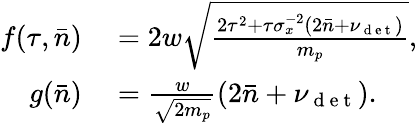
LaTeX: \begin{array}{rl}{f(\tau,\bar{n})}&{{}=2w\sqrt{\frac{2\tau^{2}+\tau\sigma_{x}^{-2}(2\bar{n}+\nu_{\mathrm{~d~e~t~}})}{m_{p}}},}\\ {g(\bar{n})}&{{}=\frac{w}{\sqrt{2m_{p}}}(2\bar{n}+\nu_{\mathrm{~d~e~t~}}).}\end{array}